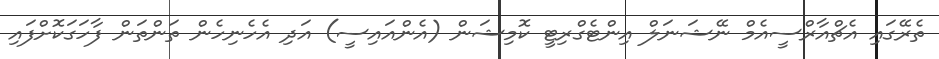
ތެރޭގައި އެޗްއާރްސީއެމް ނޭޝަނަލް އިންޓެގްރިޓީ ކޮމިޝަން (އެންއައިސީ) އަދި އެހެނިހެން ތަންތަން ފާހަގަކޮށްފައި